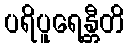
ပရိပူရေန္တီတိ